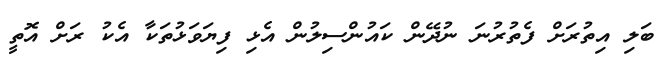
ބަލި އިތުރަށް ފެތުރުނަ ނުދޭން ކައުންސިލުން އެޅި ފިޔަވަޅުތަކާ އެކު ރަށް އޮތީ